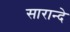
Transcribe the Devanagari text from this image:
सारान्दे